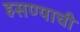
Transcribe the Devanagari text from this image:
हसण्याची